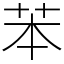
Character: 苯